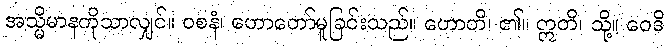
အသ္မိမာနကိုသာလျှင်။ ဝစနံ၊ ဟောတော်မူခြင်းသည်။ ဟောတိ၊ ၏။ ဣတိ၊ သို့။ ဝေဒိ